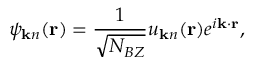
\psi _ { { \bf k } n } ( { \bf r } ) = \frac { 1 } { \sqrt { N _ { B Z } } } u _ { { \bf k } n } ( { \bf r } ) e ^ { i { \bf k } \cdot { \bf r } } ,